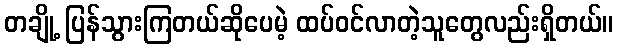
တချို့ ပြန်သွားကြတယ်ဆိုပေမဲ့ ထပ်ဝင်လာတဲ့သူတွေလည်းရှိတယ်။